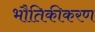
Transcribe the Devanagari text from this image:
भौतिकीकरण